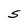
Character: S